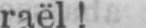
raël!